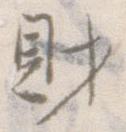
財